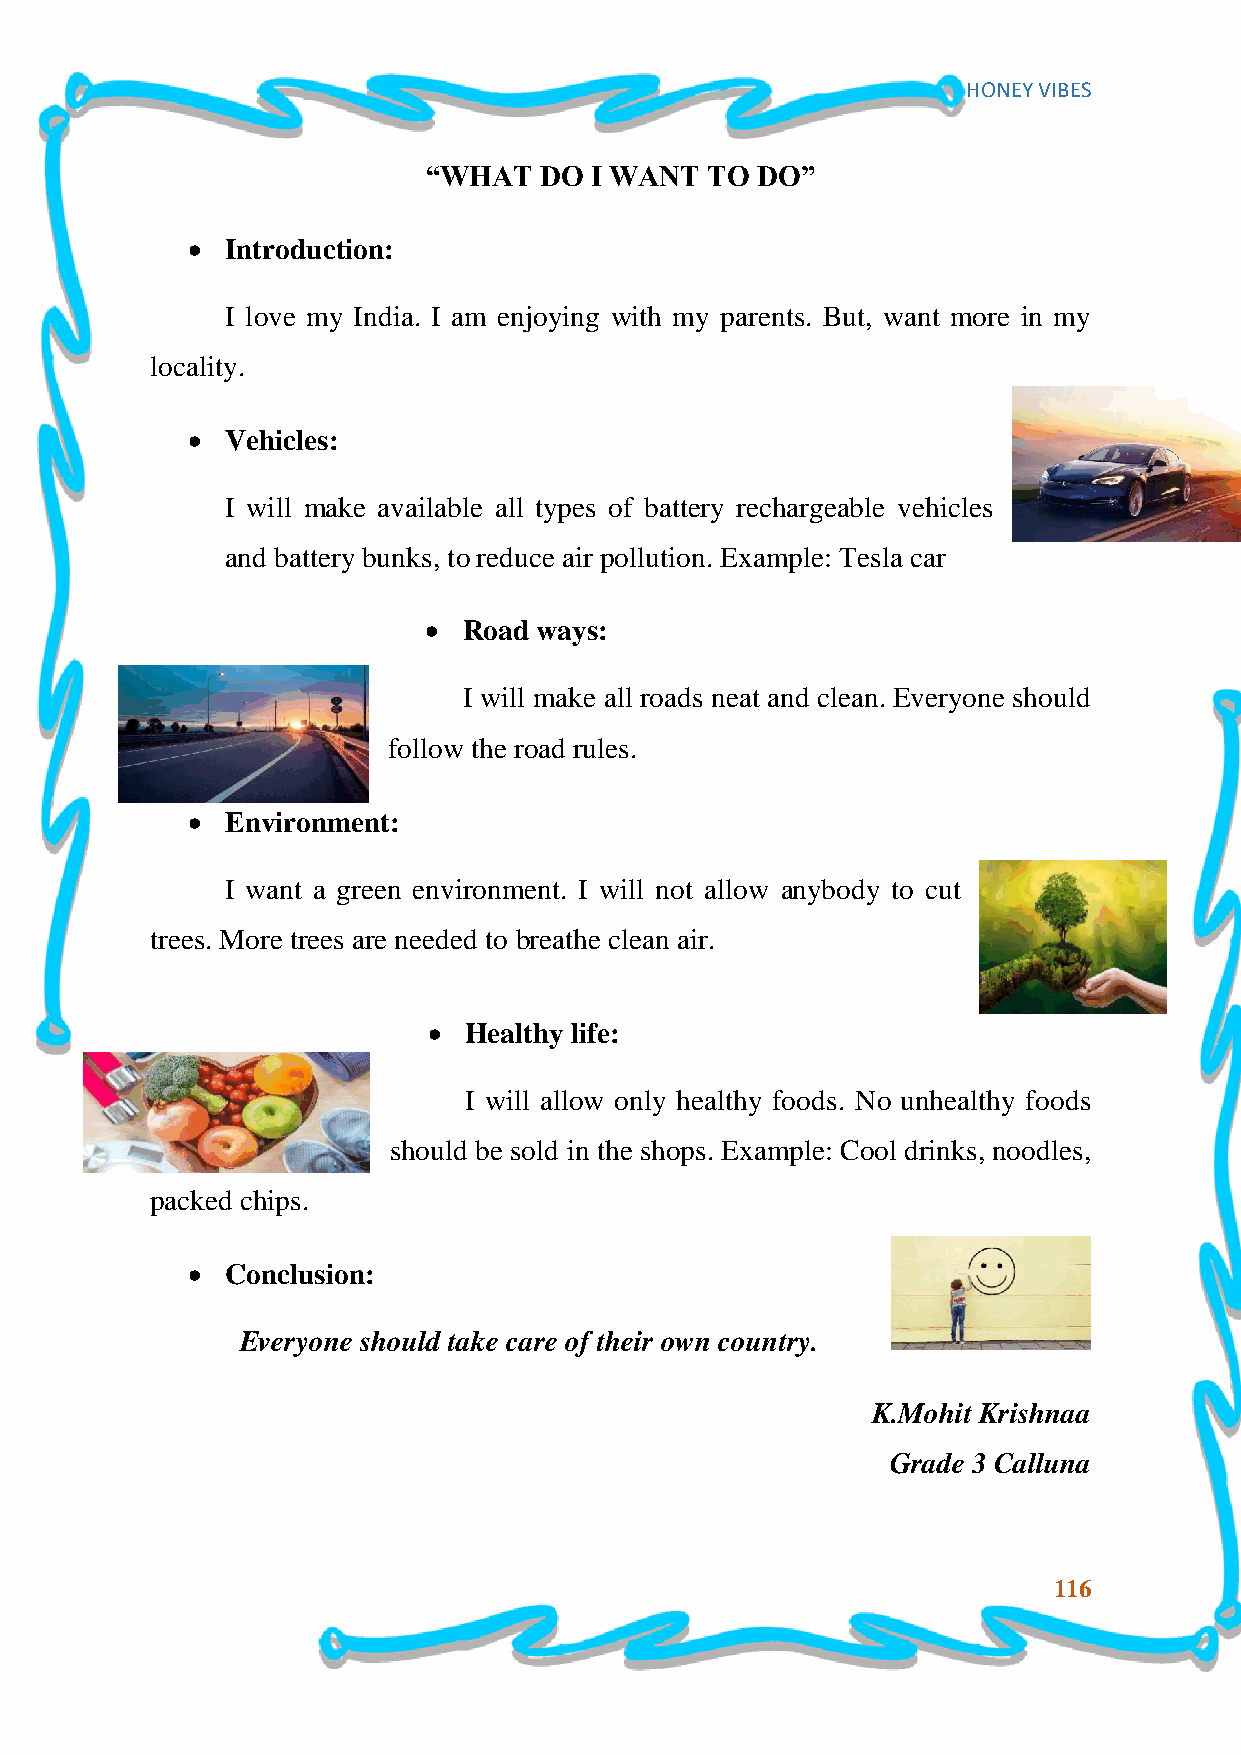
HONEY VIBES
 “WHAT   DO I WANT  TO DO”
   Introduction:
 I love my India. I am enjoying with my parents. But, want more in my
 locality.
   Vehicles:
 I will make available all types of battery rechargeable vehicles
 and battery bunks, to reduce air pollution. Example: Tesla car
   Road ways:
 I will make all roads neat and clean. Everyone should
 follow the road rules.
   Environment:
 I want a green environment. I will not allow anybody to cut
 trees. More trees are needed to breathe clean air.
   Healthy life:
 I will allow only healthy foods. No unhealthy foods
 should be sold in the shops. Example: Cool drinks, noodles,
 packed chips.
   Conclusion:
 Everyone should take care of their own country.
 K.Mohit Krishnaa
 Grade 3 Calluna
 116